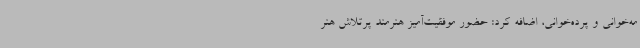
مه‌خوانی و پرده‌خوانی، اضافه کرد: حضور موفقیت‌آمیز هنرمند پرتلاش هنر